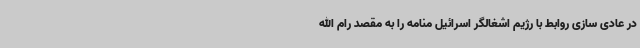
در عادی سازی روابط با رژیم اشغالگر اسرائیل منامه را به مقصد رام الله